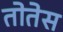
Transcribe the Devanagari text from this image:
तोतेस